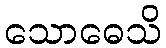
သောဓေသိ